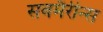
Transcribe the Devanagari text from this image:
सबमैरीन्स